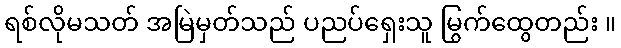
ရစ်လိုမသတ် အမြဲမှတ်သည် ပညပ်ရှေးသူ မြွက်ထွေတည်း ။